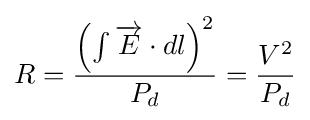
R={\frac {\left(\int {{\overrightarrow {E}}\cdot dl}\right)^{2}}{P_{d}}}={\frac {V^{2}}{P_{d}}}